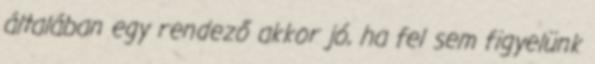
általában egy rendező akkor jó, ha fel sem figyelünk